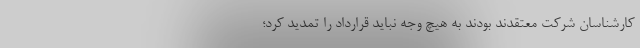
کارشناسان شرکت معتقدند بودند به هیچ وجه نباید قرارداد را تمدید کرد؛